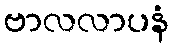
ဗာလလာပနံ